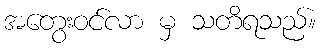
အတွေးဝင်လာ မှ သတိရသည်။